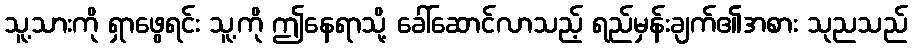
သူ့သားကို ရှာဖွေရင်း သူ့ကို ဤနေရာသို့ ခေါ်ဆောင်လာသည့် ရည်မှန်းချက်၏အစား သုညသည်